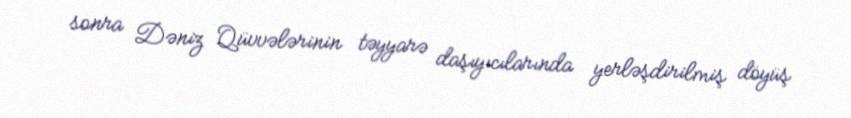
sonra Dəniz Qüvvələrinin təyyarə daşıyıcılarında yerləşdirilmiş döyüş